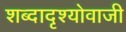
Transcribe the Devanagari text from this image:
शब्दादृश्योवाजी